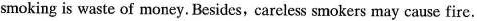
smoking is waste of money. Besides, careless smokers may cause fire.